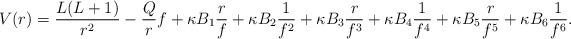
LaTeX: \begin{align*} V(r) = \frac{L(L+1)}{r^2} - \frac{Q}{r} f + \kappa B_1 \frac{r}{f} + \kappa B_2 \frac{1}{f^2} + \kappa B_3 \frac{r}{f^3} + \kappa B_4 \frac{1}{f^4} + \kappa B_5 \frac{r}{f^5} + \kappa B_6 \frac{1}{f^6}. \end{align*}